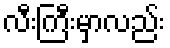
လီးကြီးမှာလည်း